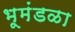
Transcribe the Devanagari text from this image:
भूमंडळा